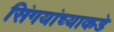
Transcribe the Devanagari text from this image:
सिंगयांच्याकडे